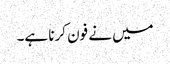
میں نے فون کرنا ہے۔